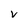
Character: V